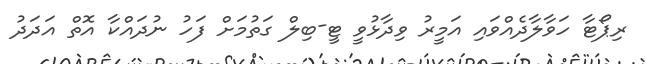
ރިޕޯޓާ ހަވާލާދެއްވައި އަމީރު ވިދާޅުވީ ޓީ-ބިލް ގަތުމަށް ފަހު ނުދައްކާ އޮތް އަދަދު